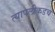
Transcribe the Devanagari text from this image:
त्यापलीकडचं